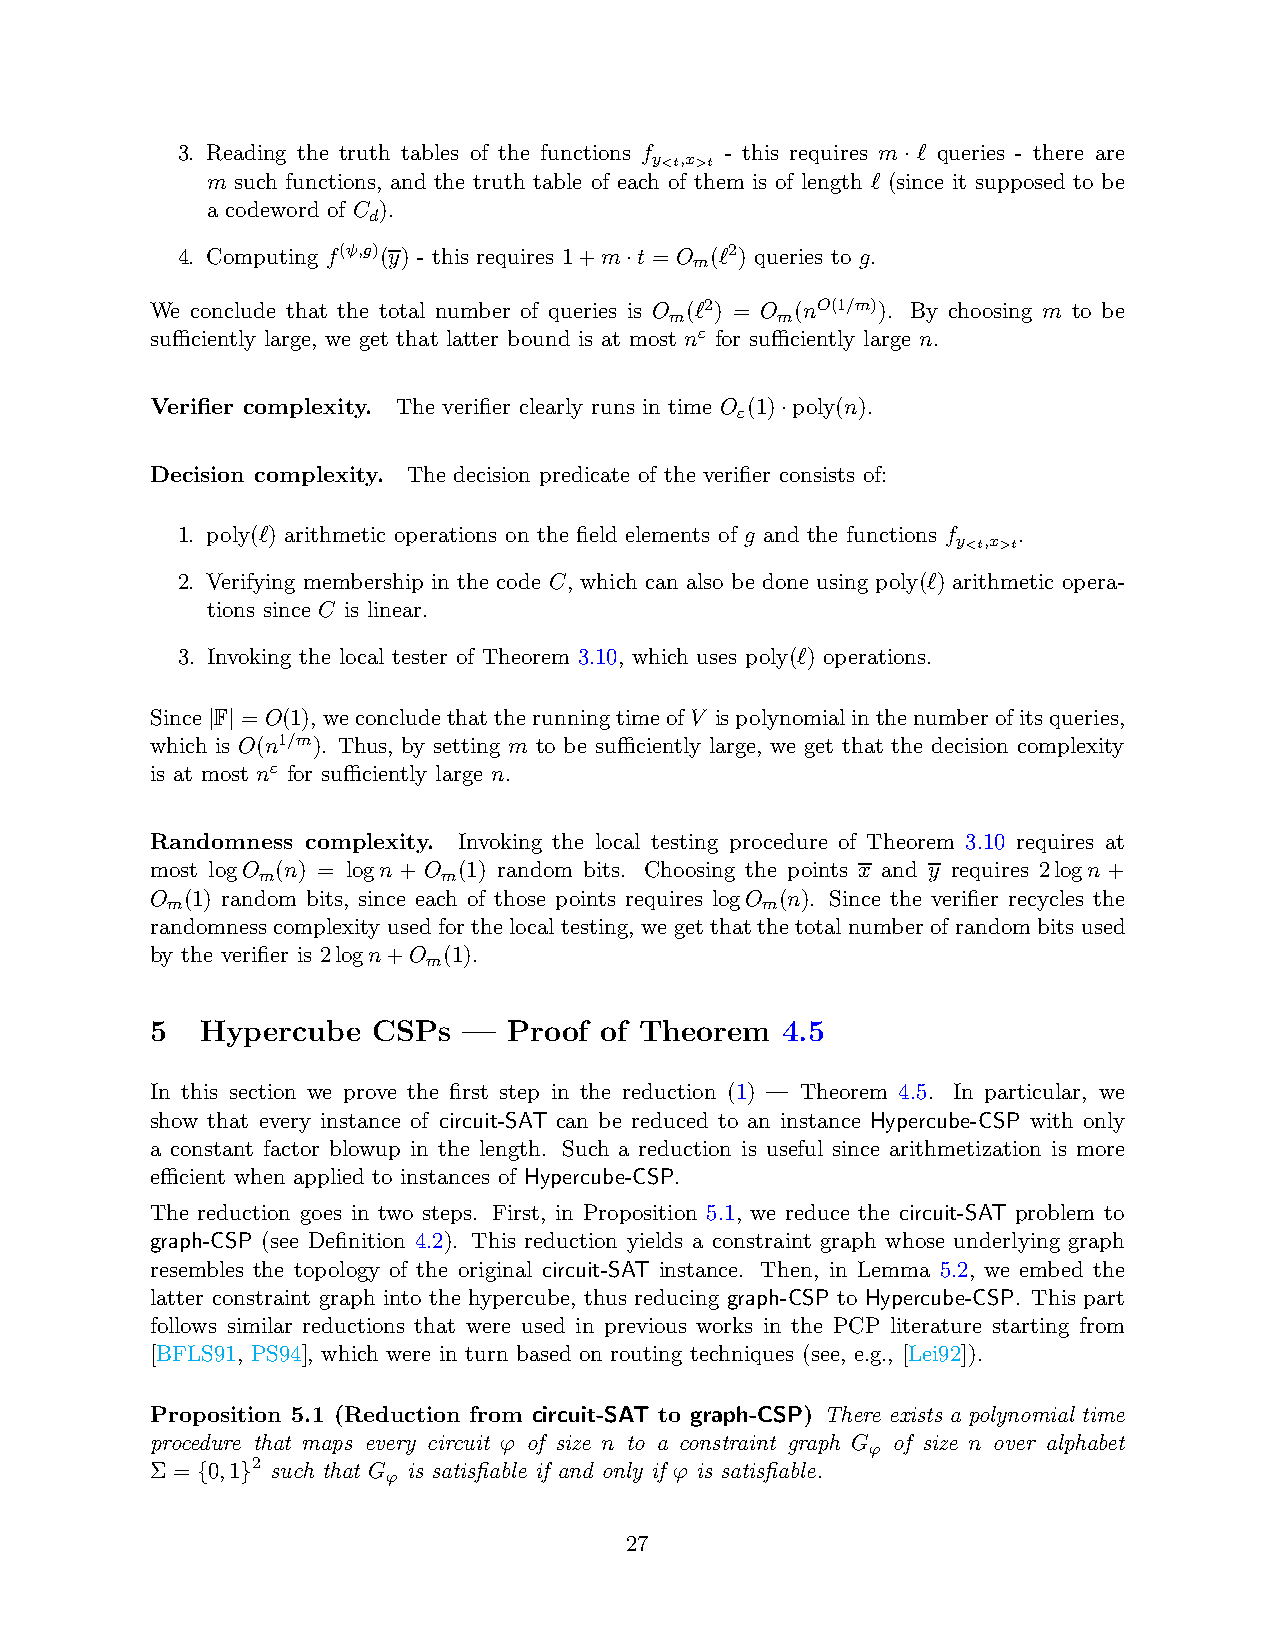
3. Reading the truth tables of the functions f - this requires m ℓ queries - there are
 y<t,x>t
 ·
 m such functions, and the truth table of each of them is of length ℓ (since it supposed to be
 a codeword of C ).
 d
 4. Computing f(ψ,g)(y) - this requires 1+m t = O (ℓ2) queries to g.
 m
 ·
 We conclude that the total number of queries is O (ℓ2) = O (nO(1/m)). By choosing m to be
 m      m
 sufficiently large, we get that latter bound is at most nε for sufficiently large n.
 Verifier complexity. The verifier clearly runs in time O (1) poly(n).
 ε
 ·
 Decision complexity. The decision predicate of the verifier consists of:
 1. poly(ℓ) arithmetic operations on the field elements of g and the functions f .
 y<t,x>t
 2. Verifying membership in the code C, which can also be done using poly(ℓ) arithmetic opera-
 tions since C is linear.
 3. Invoking the local tester of Theorem 3.10, which uses poly(ℓ) operations.
 Since F = O(1), weconcludethattherunningtimeofV ispolynomialinthenumberofits queries,
 | |
 which is O(n1/m). Thus, by setting m to be sufficiently large, we get that the decision complexity
 is at most nε for sufficiently large n.
 Randomness complexity. Invoking the local testing procedure of Theorem 3.10 requires at
 most logO (n) = logn + O (1) random bits. Choosing the points x and y requires 2logn +
 m           m
 O (1) random bits, since each of those points requires logO (n). Since the verifier recycles the
 m                                      m
 randomnesscomplexity used for the local testing, we get that the total numberof randombits used
 by the verifier is 2logn+O (1).
 m
 5  Hypercube   CSPs  —  Proof of Theorem  4.5
 In this section we prove the first step in the reduction (1) — Theorem 4.5. In particular, we
 show that every instance of circuit-SAT can be reduced to an instance Hypercube-CSP with only
 a constant factor blowup in the length. Such a reduction is useful since arithmetization is more
 efficient when applied to instances of Hypercube-CSP.
 The reduction goes in two steps. First, in Proposition 5.1, we reduce the circuit-SAT problem to
 graph-CSP (see Definition 4.2). This reduction yields a constraint graph whose underlying graph
 resembles the topology of the original circuit-SAT instance. Then, in Lemma 5.2, we embed the
 latter constraint graph into the hypercube, thus reducing graph-CSP to Hypercube-CSP. This part
 follows similar reductions that were used in previous works in the PCP literature starting from
 [BFLS91, PS94], which were in turn based on routing techniques (see, e.g., [Lei92]).
 Proposition 5.1 (Reduction from circuit-SAT to graph-CSP) There exists a polynomial time
 procedure that maps every circuit ϕ of size n to a constraint graph G of size n over alphabet
 ϕ
 Σ = 0,1 2 such that G is satisfiable if and only if ϕ is satisfiable.
 ϕ
 {  }
 27